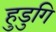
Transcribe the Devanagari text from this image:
हुडुगि